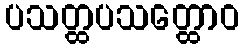
ပသတ္ထပသတ္ထောဝ